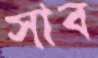
সাব